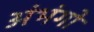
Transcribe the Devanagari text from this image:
अंभंगों